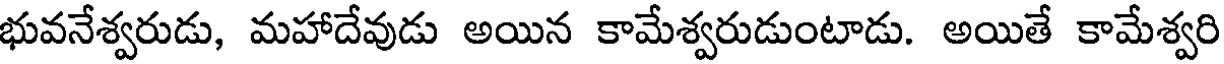
భువనేశ్వరుడు, మహాదేవుడు అయిన కామేశ్వరుడుంటాడు. అయితే కామేశ్వరి